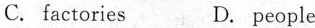
C. factories D. People